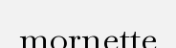
mornette